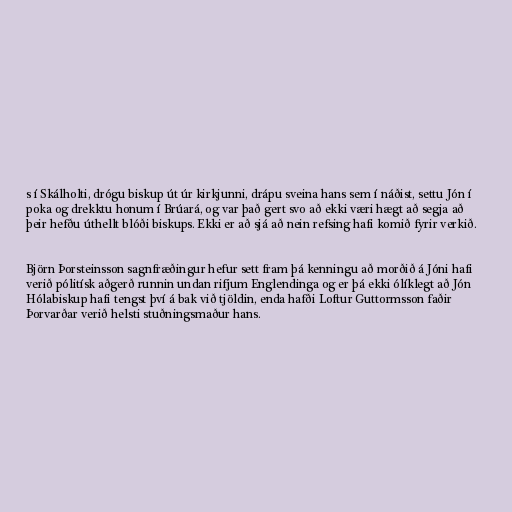
s í Skálholti, drógu biskup út úr kirkjunni, drápu sveina hans sem í náðist, settu Jón í
poka og drekktu honum í Brúará, og var það gert svo að ekki væri hægt að segja að
þeir hefðu úthellt blóði biskups. Ekki er að sjá að nein refsing hafi komið fyrir verkið.

Björn Þorsteinsson sagnfræðingur hefur sett fram þá kenningu að morðið á Jóni hafi
verið pólitísk aðgerð runnin undan rifjum Englendinga og er þá ekki ólíklegt að Jón
Hólabiskup hafi tengst því á bak við tjöldin, enda hafði Loftur Guttormsson faðir
Þorvarðar verið helsti stuðningsmaður hans.